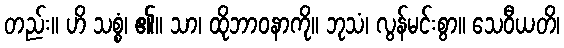
တည်း။ ဟိ သစ္စံ၊ ၏။ သာ၊ ထိုဘာဝနာကို။ ဘုသံ၊ လွန်မင်းစွာ။ သေဝီယတိ၊